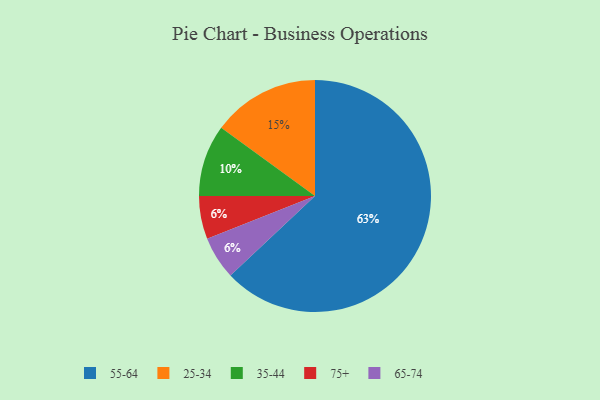
{"axis": {"x": "Category", "y": "Percentage"}, "legend": ["25-34", "35-44", "55-64", "65-74", "75+"], "data": [{"x": "75+", "y": 6, "type": "75+"}, {"x": "35-44", "y": 10, "type": "35-44"}, {"x": "55-64", "y": 63, "type": "55-64"}, {"x": "25-34", "y": 15, "type": "25-34"}, {"x": "65-74", "y": 6, "type": "65-74"}]}